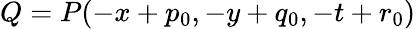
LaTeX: Q=P(-x+p_{0},-y+q_{0},-t+r_{0})